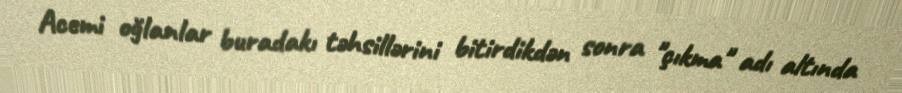
Acemi oğlanlar buradakı təhsillərini bitirdikdən sonra "çıkma" adı altında